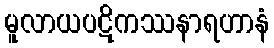
မူလာယပဋိကဿနာရဟာနံ